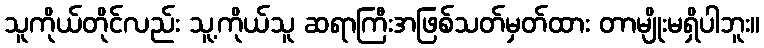
သူကိုယ်တိုင်လည်း သူ့ကိုယ်သူ ဆရာကြီးအဖြစ်သတ်မှတ်ထား တာမျိုးမရှိပါဘူး။